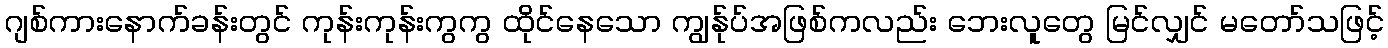
ဂျစ်ကားနောက်ခန်းတွင် ကုန်းကုန်းကွကွ ထိုင်နေသော ကျွန်ုပ်အဖြစ်ကလည်း ဘေးလူတွေ မြင်လျှင် မတော်သဖြင့်